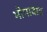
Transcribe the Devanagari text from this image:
भोपावाड